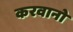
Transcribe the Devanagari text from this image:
करवानो